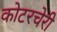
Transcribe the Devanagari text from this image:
कोटरचेरी